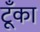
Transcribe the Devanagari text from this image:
टूँका